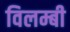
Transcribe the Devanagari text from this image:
विलम्बी